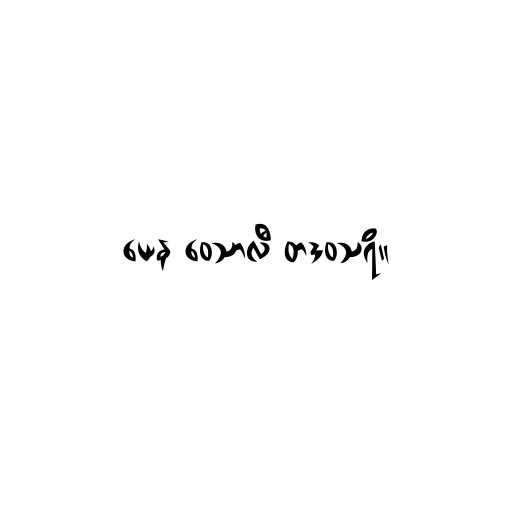
ယေန ဝေသာလီ တဒဝသရိ။